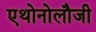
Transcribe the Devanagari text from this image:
एथोनोलौजी